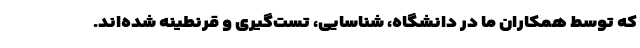
که توسط همکاران ما در دانشگاه، شناسایی، تست‌گیری و قرنطینه شده‌اند.